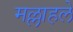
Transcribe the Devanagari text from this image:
मल्लाहले